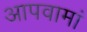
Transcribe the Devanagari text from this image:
आपवामां